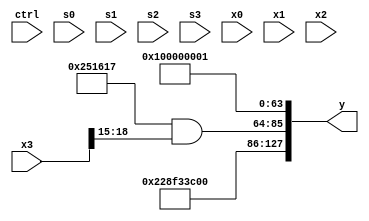
module partsel_00265(ctrl, s0, s1, s2, s3, x0, x1, x2, x3, y);
  input [3:0] ctrl;
  input [2:0] s0;
  input [2:0] s1;
  input [2:0] s2;
  input [2:0] s3;
  input signed [31:0] x0;
  input [31:0] x1;
  input signed [31:0] x2;
  input [31:0] x3;
  wire signed [0:24] x4;
  wire [7:29] x5;
  wire [7:24] x6;
  wire [7:25] x7;
  wire [6:24] x8;
  wire signed [7:29] x9;
  wire signed [27:5] x10;
  wire [5:26] x11;
  wire signed [24:5] x12;
  wire [31:4] x13;
  wire signed [25:2] x14;
  wire [28:1] x15;
  output [127:0] y;
  wire [31:0] y0;
  wire signed [31:0] y1;
  wire signed [31:0] y2;
  wire signed [31:0] y3;
  assign y = {y0,y1,y2,y3};
  localparam signed [29:7] p0 = 941954583;
  localparam [26:5] p1 = 98628809;
  localparam signed [3:28] p2 = 210386127;
  localparam signed [6:26] p3 = 556172988;
  assign x4 = {({2{p2}} ^ (((p1[6 + s1 +: 6] & p3) ^ (p1 & (x3[20 + s3 -: 4] & x3[6 + s3 +: 2]))) ^ (x2[31 + s3 +: 3] - p2[20 + s0 +: 6]))), ({(ctrl[1] || ctrl[0] || ctrl[0] ? x3[18] : x2), p0[15 + s3 -: 7]} - {{{2{x1}}, {2{(p1[28 + s2 -: 4] | p0[7 + s3 +: 7])}}}, {(x3[20 + s0 +: 7] + x0[18 -: 3]), p0[17 +: 3]}})};
  assign x5 = p2;
  assign x6 = x1[12 -: 3];
  assign x7 = x3[15 +: 2];
  assign x8 = p0[11];
  assign x9 = {2{p2[14 -: 2]}};
  assign x10 = (x1[9] - (!ctrl[3] || ctrl[0] || ctrl[1] ? ((ctrl[1] || ctrl[2] && ctrl[1] ? p0[12] : p2[20]) & p1[15 + s3 -: 5]) : (x6[19 + s2] & (x6[8 + s0] ^ {((x5[28 + s3 -: 7] - (x4[13 -: 4] ^ x5[12 + s3 -: 4])) + p1), p3[6 + s1 -: 3]}))));
  assign x11 = p1[12 +: 1];
  assign x12 = {2{({x9, (p1[16 + s0] & {2{x8}})} & p0[14 -: 4])}};
  assign x13 = {2{{(!ctrl[1] || ctrl[1] || !ctrl[3] ? (!ctrl[2] || !ctrl[1] && ctrl[3] ? p1[25 + s0 -: 4] : (p3[9 +: 3] & x12)) : ({x7[20 -: 3], x5} | (x6 - p2[13 +: 4]))), x3}}};
  assign x14 = {2{{2{{((x4[18 -: 1] + x12[15 +: 4]) - {2{x13[2 + s0 -: 5]}}), {2{((((x12[11 +: 2] | x0[4 + s0 +: 1]) - (p1 + x13[11 + s0])) & x5[15]) & p2)}}}}}}};
  assign x15 = (x6 - x3[23 -: 3]);
  assign y0 = p2;
  assign y1 = (p0 & x13[22 -: 4]);
  assign y2 = p1[13 -: 2];
  assign y3 = p1[12 +: 3];
endmodule